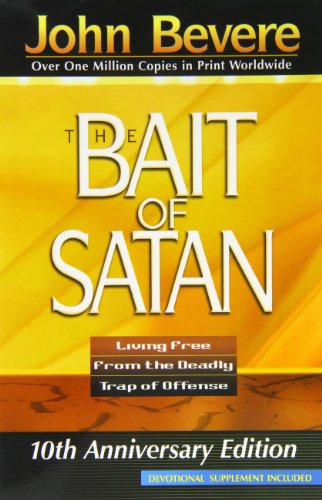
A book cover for The Bait of Satan: Living Free From the Deadly Trap of Offense (10th Anniversary Edition with Devotional Supplement); John Bevere; Christian Books & Bibles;